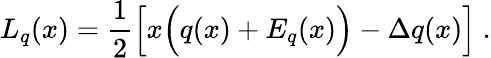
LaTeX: L_{q}(x)={\frac{1}{2}}\Big[x\Big(q(x)+E_{q}(x)\Big)-\Delta q(x)\Big]\ .